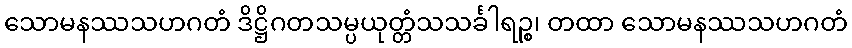
သောမနဿသဟဂတံ ဒိဋ္ဌိဂတသမ္ပယုတ္တံသသင်္ခါရဉ္စ၊ တထာ သောမနဿသဟဂတံ